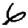
Digit: 6